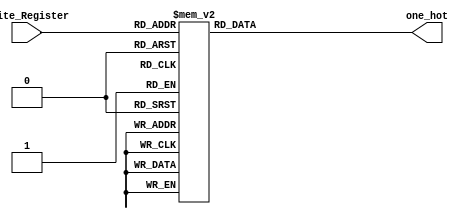
module Decoder
(
	input			[4:0]		Write_Register,
	
	output reg	[31:0]	one_hot
);
	
	always@(*) begin
		case (Write_Register)
			0	:	one_hot = 32'b00000000_00000000_00000000_00000001;
			1	:	one_hot = 32'b00000000_00000000_00000000_00000010;
			2	:	one_hot = 32'b00000000_00000000_00000000_00000100;
			3	:	one_hot = 32'b00000000_00000000_00000000_00001000;
			4	:	one_hot = 32'b00000000_00000000_00000000_00010000;
			5	:	one_hot = 32'b00000000_00000000_00000000_00100000;
			6	:	one_hot = 32'b00000000_00000000_00000000_01000000;
			7	:	one_hot = 32'b00000000_00000000_00000000_10000000;
			8	:	one_hot = 32'b00000000_00000000_00000001_00000000;
			9	:	one_hot = 32'b00000000_00000000_00000010_00000000;
			10	:	one_hot = 32'b00000000_00000000_00000100_00000000;
			11	:	one_hot = 32'b00000000_00000000_00001000_00000000;
			12	:	one_hot = 32'b00000000_00000000_00010000_00000000;
			13	:	one_hot = 32'b00000000_00000000_00100000_00000000;
			14	:	one_hot = 32'b00000000_00000000_01000000_00000000;
			15	:	one_hot = 32'b00000000_00000000_10000000_00000000;
			16	:	one_hot = 32'b00000000_00000001_00000000_00000000;
			17	:	one_hot = 32'b00000000_00000010_00000000_00000000;
			18	:	one_hot = 32'b00000000_00000100_00000000_00000000;
			19	:	one_hot = 32'b00000000_00001000_00000000_00000000;
			20	:	one_hot = 32'b00000000_00010000_00000000_00000000;
			21	:	one_hot = 32'b00000000_00100000_00000000_00000000;
			22	:	one_hot = 32'b00000000_01000000_00000000_00000000;
			23	:	one_hot = 32'b00000000_10000000_00000000_00000000;
			24	:	one_hot = 32'b00000001_00000000_00000000_00000000;
			25	:	one_hot = 32'b00000010_00000000_00000000_00000000;
			26	:	one_hot = 32'b00000100_00000000_00000000_00000000;
			27	:	one_hot = 32'b00001000_00000000_00000000_00000000;
			28	:	one_hot = 32'b00010000_00000000_00000000_00000000;
			29	:	one_hot = 32'b00100000_00000000_00000000_00000000;
			30	:	one_hot = 32'b01000000_00000000_00000000_00000000;
			31	:	one_hot = 32'b10000000_00000000_00000000_00000000;
		endcase
	end	
endmodule